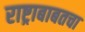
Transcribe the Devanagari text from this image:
राष्ट्राबाबतचा